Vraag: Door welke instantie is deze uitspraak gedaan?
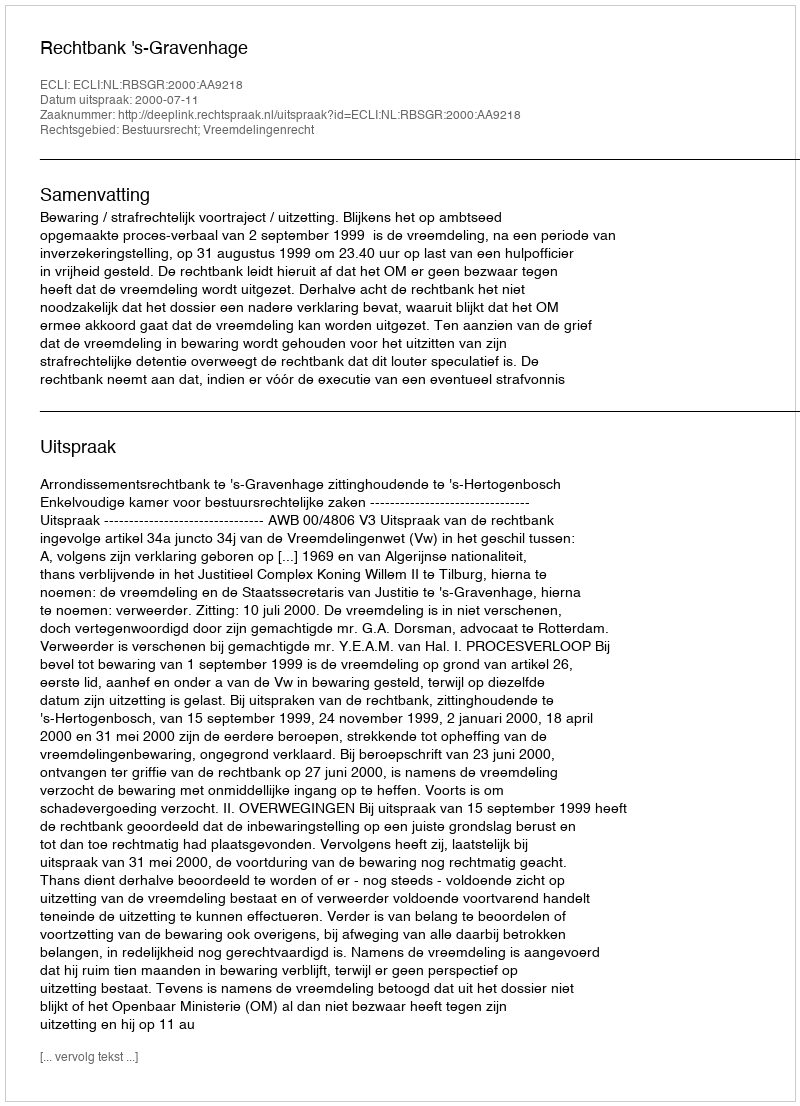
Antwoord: Rechtbank 's-Gravenhage